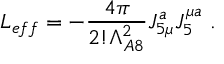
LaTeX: { \cal L } _ { e f f } = - { \frac { 4 \pi } { 2 ! \Lambda _ { A 8 } ^ { 2 } } } J _ { 5 \mu } ^ { a } J _ { 5 } ^ { \mu a } \ .